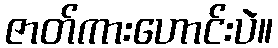
ဇာတ်ကားဟောင်းပဲ။